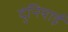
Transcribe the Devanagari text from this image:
दुनियाई